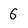
Character: 6